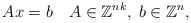
\begin{align*} Ax = b \ \ \ A \in \mathbb{Z}^{nk}, \; b \in \mathbb{Z}^{n},\end{align*}